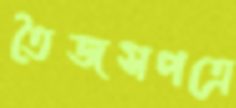
তৈজসপত্রে